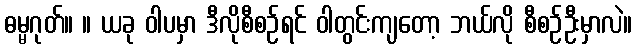
ဓမ္မဂုတ်။ ။ ယခု ဝါပမှာ ဒီလိုစီစဉ်ရင် ဝါတွင်းကျတော့ ဘယ်လို စီစဉ်ဦးမှာလဲ။